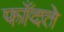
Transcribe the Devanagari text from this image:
फाँदते